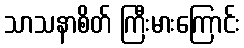
သာသနာစိတ် ကြီးမားကြောင်း